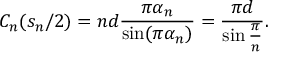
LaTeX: C _ { n } ( s _ { n } / 2 ) = n d \frac { \pi \alpha _ { n } } { \sin ( \pi \alpha _ { n } ) } = \frac { \pi d } { \sin \frac { \pi } { n } } .